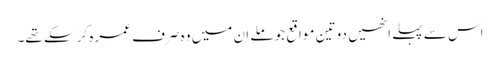
اس سے پہلے انھیں دو تین مواقع جو ملے ان میں وہ صرف عمرہ کر سکے تھے۔